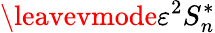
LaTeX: \leavevmode{{\varepsilon}^{2}}S_{n}^{*}